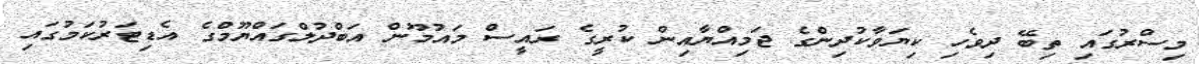
މިސްރުގައި ތިބޭ ދިވެހި ކިޔަވާކުދިންގެ ޖަމިއްޔާއިން ކުރީގެ ރައީސް މައުމޫން އަބްދުލްގައްޔޫމްގެ އެޑިޓަރުކަމުގައި